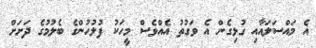
އެ މައްސަލައާއި ގުޅިގެން އެ ވަގުތު އެއްވެސް މީހަކު ފުލުހުންގެ ބެލުމުގެ ދަށަށް